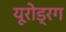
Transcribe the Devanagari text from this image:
यूरोड्रग